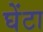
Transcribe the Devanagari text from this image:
घेंटा